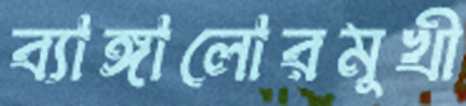
ব্যাঙ্গালোরমুখী